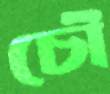
চৌ